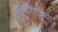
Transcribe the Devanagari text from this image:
सुवर्णगिरीच्या